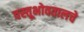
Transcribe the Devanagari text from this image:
वस्तूभोवतालचे